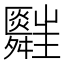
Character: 𦨃